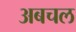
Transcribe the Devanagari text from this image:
अबचल